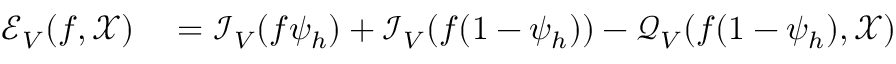
\begin{array} { r l } { \mathcal { E } _ { V } ( f , \mathcal { X } ) } & { { } = \mathcal { I } _ { V } ( f \psi _ { h } ) + \mathcal { I } _ { V } ( f ( 1 - \psi _ { h } ) ) - \mathcal { Q } _ { V } ( f ( 1 - \psi _ { h } ) , \mathcal { X } ) } \end{array}